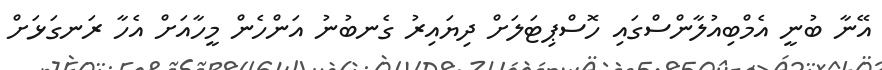
އޭނާ ބުނީ އެމްބިއުލާންސްގައި ހޮސްޕިޓަލަށް ދިޔައިރު ގެނބުނު އަންހެން މީހާއަށް އެހާ ރަނގަޅަށް